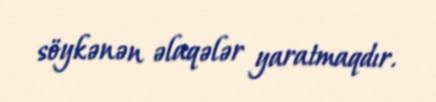
söykənən əlaqələr yaratmaqdır.